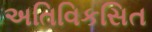
અતિવિકસિત